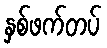
နှစ်ဖက်တပ်